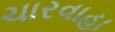
ચારવાહા